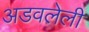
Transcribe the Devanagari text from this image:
अडवलेली